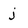
Character: j